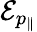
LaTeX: \mathcal{E}_{p_{\| }}